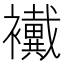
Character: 襶